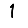
Digit: 1